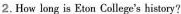
2.How loug is Eton College's history?